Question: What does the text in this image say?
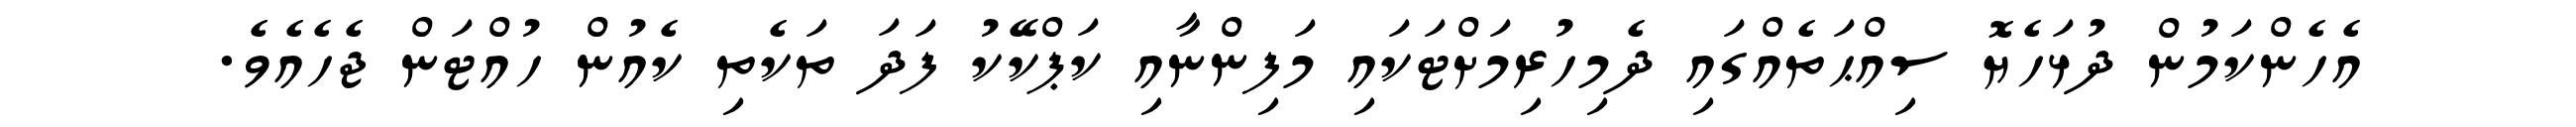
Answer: އެހެންކަމުން ދުޅަހެޔޮ ސިއްޙަތެއްގައި ދެމިހުރިމަށްޓަކައި މަފިންނާއި ކަޕްކޭކު ފަދަ ތަކެތި ކެއުން ހުއްޓަން ޖެހެއެވެ.